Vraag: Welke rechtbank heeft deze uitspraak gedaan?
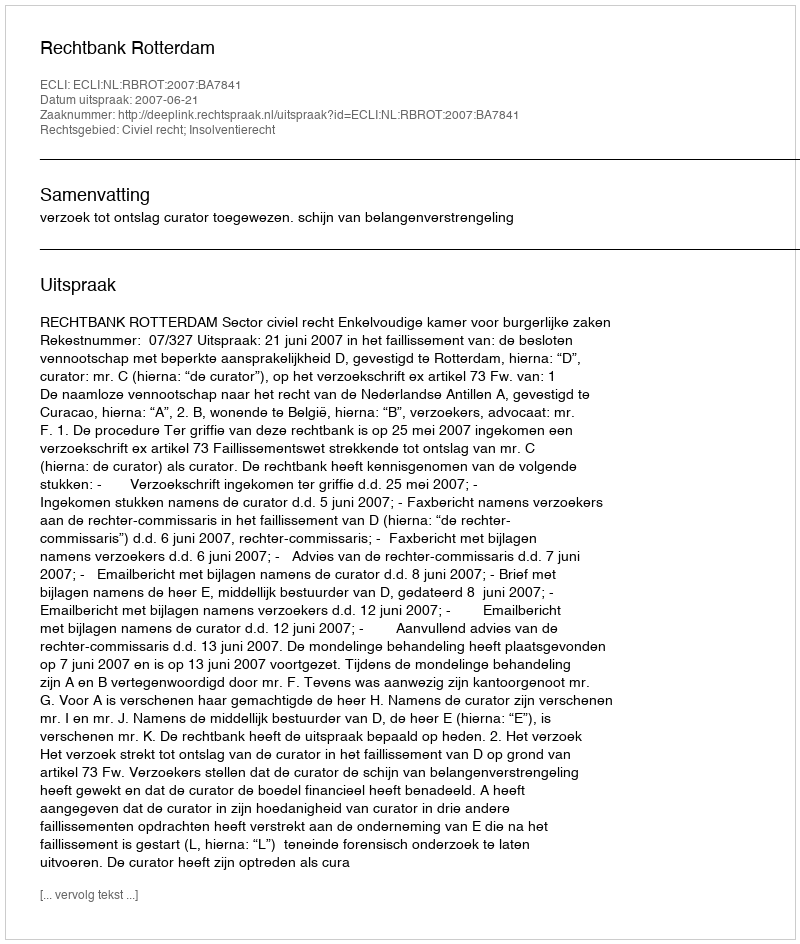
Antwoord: Rechtbank Rotterdam